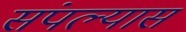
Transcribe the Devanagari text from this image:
संपल्यास